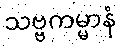
သဗ္ဗကမ္မာနံ